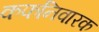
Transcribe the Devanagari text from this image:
कफनिवारक